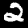
Digit: 2